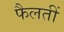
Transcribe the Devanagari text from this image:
फैलतीं